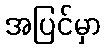
အပြင်မှာ